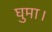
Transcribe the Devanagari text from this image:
घुमा।